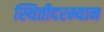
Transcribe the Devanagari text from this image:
स्थितीदरम्यान